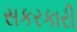
સકરકારી